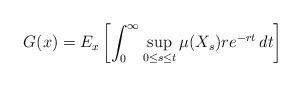
LaTeX: \begin{align*}G(x)=E_x\left[\int_0^{\infty}\sup_{0\leq s \leq t}\mu(X_s) re^{-rt}\,dt \right] \end{align*}